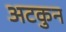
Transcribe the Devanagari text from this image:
अटकुन